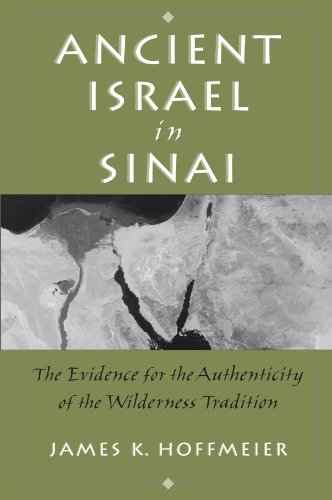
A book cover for Ancient Israel in Sinai: The Evidence for the Authenticity of the Wilderness Tradition; James Hoffmeier; History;